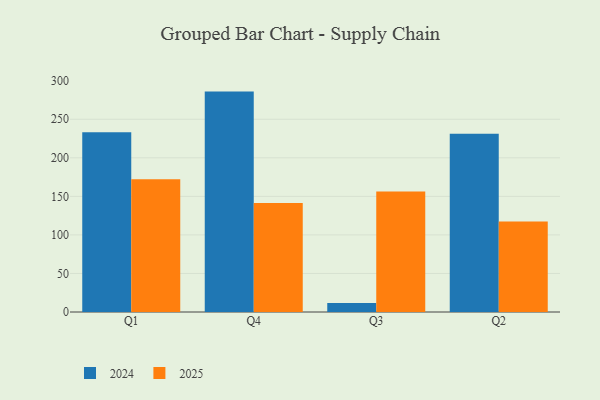
{"axis": {"x": "Quarter", "y": "Tickets Resolved"}, "legend": ["2024", "2025"], "data": [{"x": "Q1", "y": 233.2, "type": "2024"}, {"x": "Q1", "y": 172.2, "type": "2025"}, {"x": "Q4", "y": 285.9, "type": "2024"}, {"x": "Q4", "y": 141.5, "type": "2025"}, {"x": "Q3", "y": 11.6, "type": "2024"}, {"x": "Q3", "y": 156.2, "type": "2025"}, {"x": "Q2", "y": 231.2, "type": "2024"}, {"x": "Q2", "y": 117.4, "type": "2025"}]}